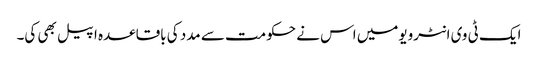
ایک ٹی وی انٹرویومیں اس نے حکومت سے مدد کی باقاعدہ اپیل بھی کی۔